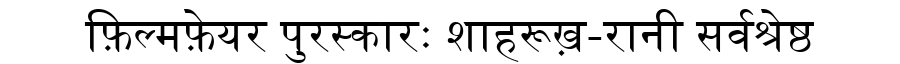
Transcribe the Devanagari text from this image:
फ़िल्मफ़ेयर पुरस्कारः शाहरूख़-रानी सर्वश्रेष्ठ